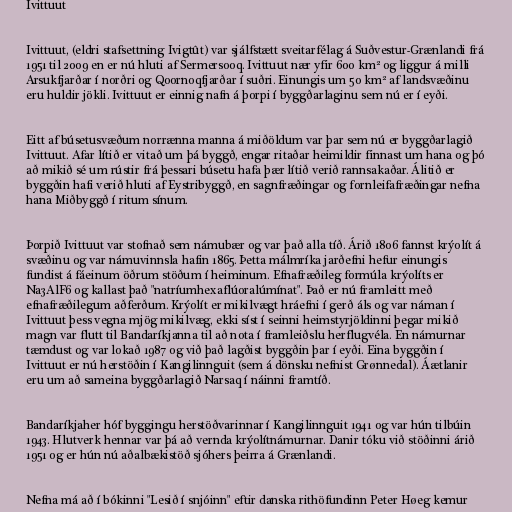
Ivittuut

Ivittuut, (eldri stafsettning Ivigtût) var sjálfstætt sveitarfélag á Suðvestur-Grænlandi frá
1951 til 2009 en er nú hluti af Sermersooq. Ivittuut nær yfir 600 km² og liggur á milli
Arsukfjarðar í norðri og Qoornoqfjarðar í suðri. Einungis um 50 km² af landsvæðinu
eru huldir jökli. Ivittuut er einnig nafn á þorpi í byggðarlaginu sem nú er í eyði.

Eitt af búsetusvæðum norrænna manna á miðöldum var þar sem nú er byggðarlagið
Ivittuut. Afar lítið er vitað um þá byggð, engar ritaðar heimildir finnast um hana og þó
að mikið sé um rústir frá þessari búsetu hafa þær lítið verið rannsakaðar. Álitið er
byggðin hafi verið hluti af Eystribyggð, en sagnfræðingar og fornleifafræðingar nefna
hana Miðbyggð í ritum sínum.

Þorpið Ivittuut var stofnað sem námubær og var það alla tíð. Árið 1806 fannst krýolít á
svæðinu og var námuvinnsla hafin 1865. Þetta málmríka jarðefni hefur einungis
fundist á fáeinum öðrum stöðum í heiminum. Efnafræðileg formúla krýolíts er
Na3AlF6 og kallast það "natríumhexaflúoralúmínat". Það er nú framleitt með
efnafræðilegum aðferðum. Krýolít er mikilvægt hráefni í gerð áls og var náman í
Ivittuut þess vegna mjög mikilvæg, ekki síst í seinni heimstyrjöldinni þegar mikið
magn var flutt til Bandaríkjanna til að nota í framleiðslu herflugvéla. En námurnar
tæmdust og var lokað 1987 og við það lagðist byggðin þar í eyði. Eina byggðin í
Ivittuut er nú herstöðin í Kangilinnguit (sem á dönsku nefnist Grønnedal). Áætlanir
eru um að sameina byggðarlagið Narsaq í náinni framtíð.

Bandaríkjaher hóf byggingu herstöðvarinnar í Kangilinnguit 1941 og var hún tilbúin
1943. Hlutverk hennar var þá að vernda krýolítnámurnar. Danir tóku við stöðinni árið
1951 og er hún nú aðalbækistöð sjóhers þeirra á Grænlandi.

Nefna má að í bókinni "Lesið í snjóinn" eftir danska rithöfundinn Peter Høeg kemur